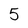
Character: 5